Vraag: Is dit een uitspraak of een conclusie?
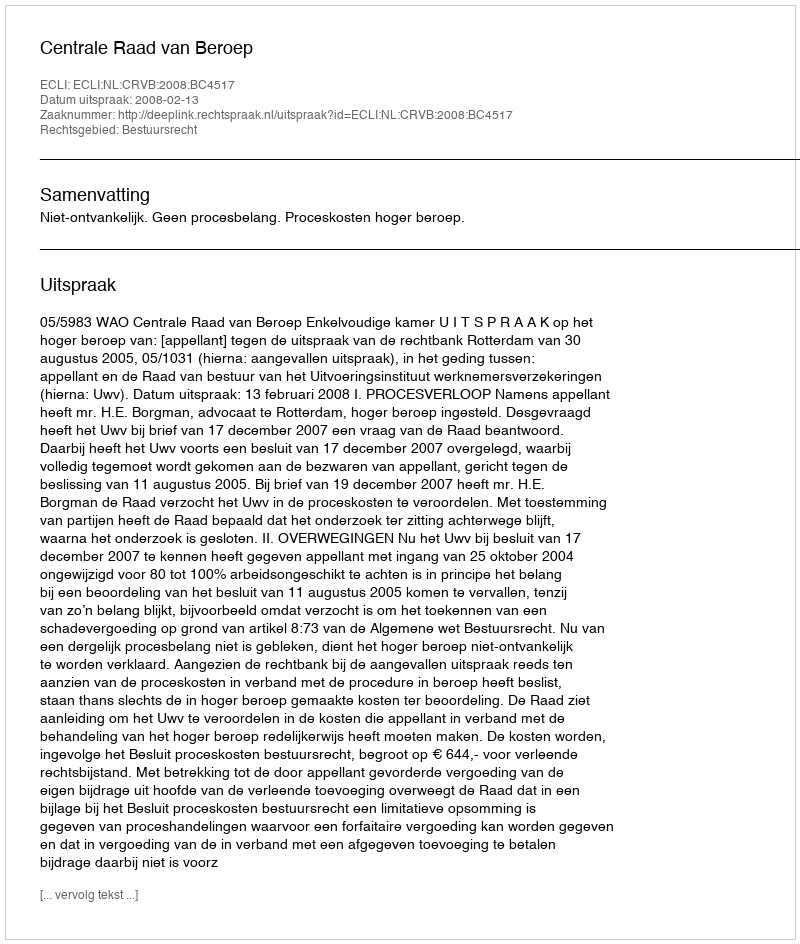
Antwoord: Uitspraak